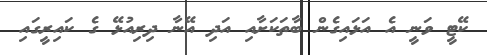
ކޭޓީ ވަނީ އެ އަޅައިގެން ބާތަކަށާއި އަދި އޭނާ ދިރިއުޅޭ ގެ ކައިރީގައި